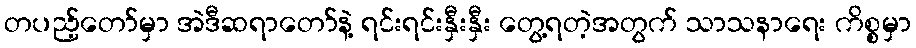
တပည့်တော်မှာ အဲဒီဆရာတော်နဲ့ ရင်းရင်းနှီးနှီး တွေ့ရတဲ့အတွက် သာသနာရေး ကိစ္စမှာ